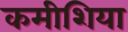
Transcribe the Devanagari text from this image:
कमीशिया